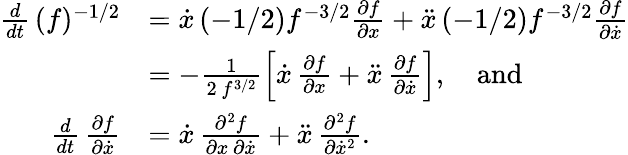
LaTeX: \begin{array}{rl}{\frac{d}{dt}\, (f)^{-1/2}}&{=\dot{x}\, (-1/2)f^{-3/2}\frac{\partial f}{\partial x}+\ddot{x}\, (-1/2)f^{-3/2}\frac{\partial f}{\partial\dot{x}}}\\ &{=-\frac{1}{2\, f^{3/2}}\left[\dot{x}\, \frac{\partial f}{\partial x}+\ddot{x}\, \frac{\partial f}{\partial\dot{x}}\right],\quad\mathrm{and}}\\ {\frac{d}{dt}\, \frac{\partial f}{\partial\dot{x}}}&{=\dot{x}\, \frac{\partial^{2}f}{\partial x\, \partial\dot{x}}+\ddot{x}\, \frac{\partial^{2}f}{\partial\dot{x}^{2}}.}\end{array}